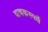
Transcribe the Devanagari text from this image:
वाचकस्पर्धे